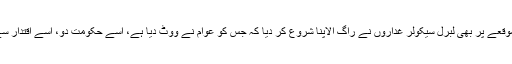
اس نازک موقعے پر بھی لبرل سیکولر غداروں نے راگ الاپنا شروع کر دیا کہ جس کو عوام نے ووٹ دیا ہے، اسے حکومت دو، اسے اقتدار سے مت ہٹاؤ۔